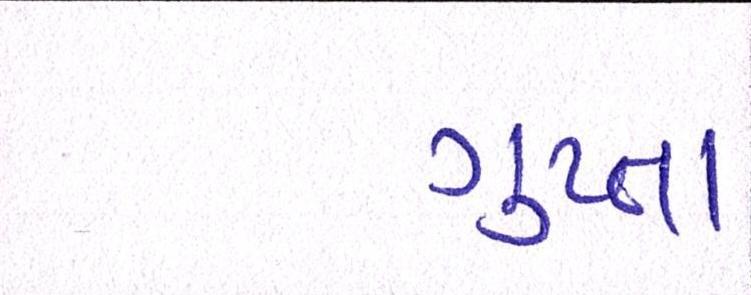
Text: ગુપ્તા